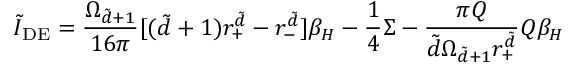
\tilde { I } _ { \mathrm { D E } } = \frac { \Omega _ { \tilde { d } + 1 } } { 1 6 \pi } [ ( \tilde { d } + 1 ) r _ { + } ^ { \tilde { d } } - r _ { - } ^ { \tilde { d } } ] \beta _ { H } - \frac { 1 } { 4 } \Sigma - \frac { \pi Q } { \tilde { d } \Omega _ { \tilde { d } + 1 } r _ { + } ^ { \tilde { d } } } Q \beta _ { H }